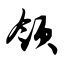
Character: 领